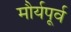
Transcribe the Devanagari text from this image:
मौर्यपूर्व